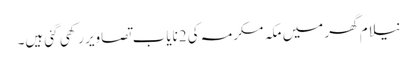
نیلام گھر میں مکہ مکرمہ کی 2نایاب تصاویر رکھی گئی ہیں۔